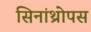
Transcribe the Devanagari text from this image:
सिनांथ्रोपस